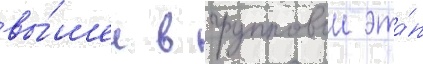
вы́шел в групповои эта́п